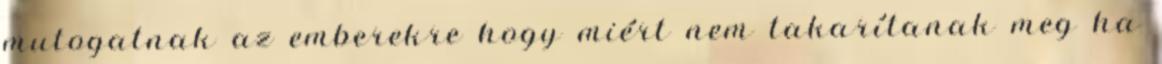
mutogatnak az emberekre hogy miért nem takarítanak meg ha